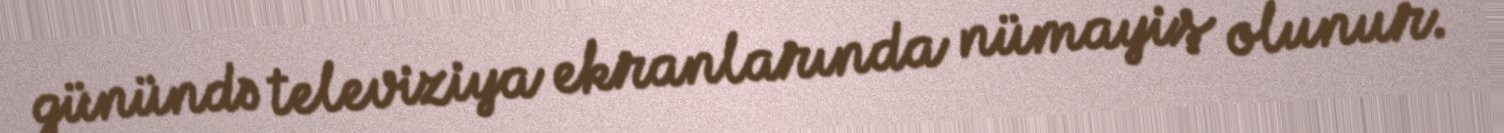
günündə televiziya ekranlarında nümayiş olunur.